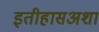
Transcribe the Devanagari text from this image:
इतीहासअशा